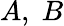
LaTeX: A,\; B